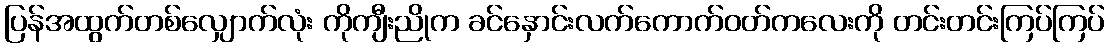
ပြန်အထွက်တစ်လျှောက်လုံး ကိုကျီးညိုက ခင်နှောင်းလက်ကောက်ဝတ်ကလေးကို တင်းတင်းကြပ်ကြပ်